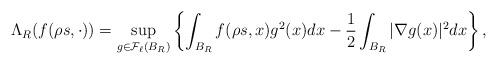
LaTeX: \begin{align*} \Lambda_R(f(\rho s, \cdot)) =\sup_{g\in \mathcal{F}_\ell (B_R)} \left\{ \int_{B_R} f(\rho s,x) g^2(x) dx -\frac 12 \int_{B_R} | \nabla g(x)|^2dx\right\}, \end{align*}